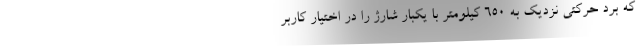
که برد حرکتی نزدیک به 650 کیلومتر با یکبار شارژ را در اختیار کاربر